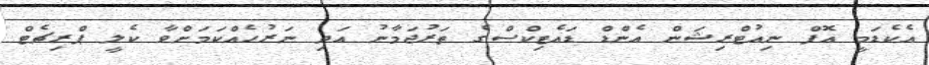
އެކެޑަމީ އޮފް ނިއުޓްރިޝަން އެންޑް ޑައެޓިކްސްގެ ތަރުޖަމާނު އަދި ނަރުހެއްކަމަށްވާ ކެލީ ޕްރިޗެޓް